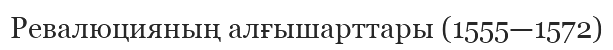
Ревалюцияның алғышарттары (1555—1572)